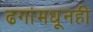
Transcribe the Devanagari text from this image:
ढगांमधूनही